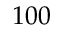
1 0 0